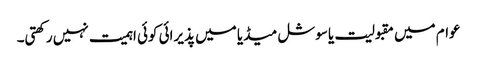
عوام میں مقبولیت یا سوشل میڈیا میں پذیرائی کوئی اہمیت نہیں رکھتی۔